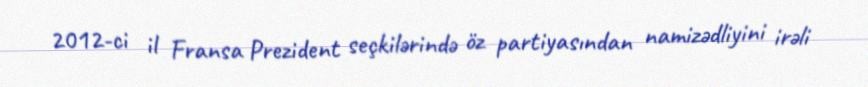
2012-ci il Fransa Prezident seçkilərində öz partiyasından namizədliyini irəli